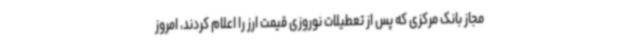
مجاز بانک مرکزی که پس از تعطیلات نوروزی قیمت ارز را اعلام کردند، امروز